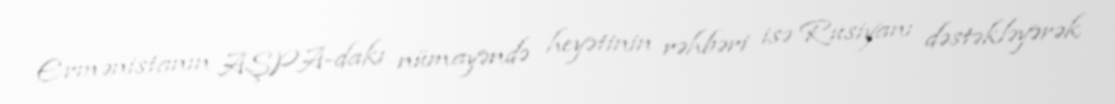
Ermənistanın AŞPA-dakı nümayəndə heyətinin rəhbəri isə Rusiyanı dəstəkləyərək